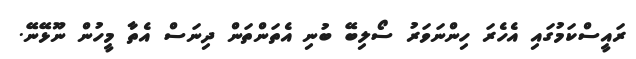
ރައީސްކަމުގައި އެހެރަ ހިންނަވަރު ސޯލިބޭ ބުނި އެތަންތަން ދިނަސް އެތާ މީހުން ނޫޅޭނޭ.